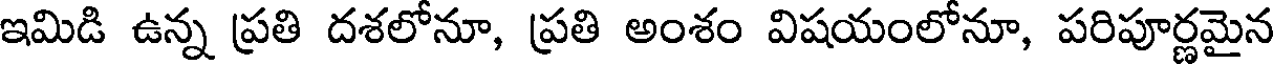
ఇమిడి ఉన్న ప్రతి దశలోనూ, ప్రతి అంశం విషయంలోనూ, పరిపూర్ణమైన